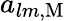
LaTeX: a_{lm,\mathrm{M}}